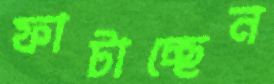
ফাটাচ্ছেন